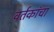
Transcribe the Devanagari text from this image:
वर्तकांचा